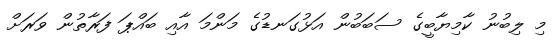
މި ލިބުނު ކާމިޔާބީގެ ސަބަބުން އަޅުގަނޑުގެ މަންމަ އާއި ބައްޕަ ފަރާތުން ވަރަށް